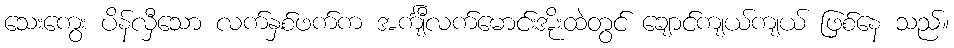
သေးကွေး ပိန်လှီသော လက်နှစ်ဖက်က အင်္ကျီလက်မောင်းအိုးထဲတွင် ချောင်ကျယ်ကျယ် ဖြစ်နေ သည်။